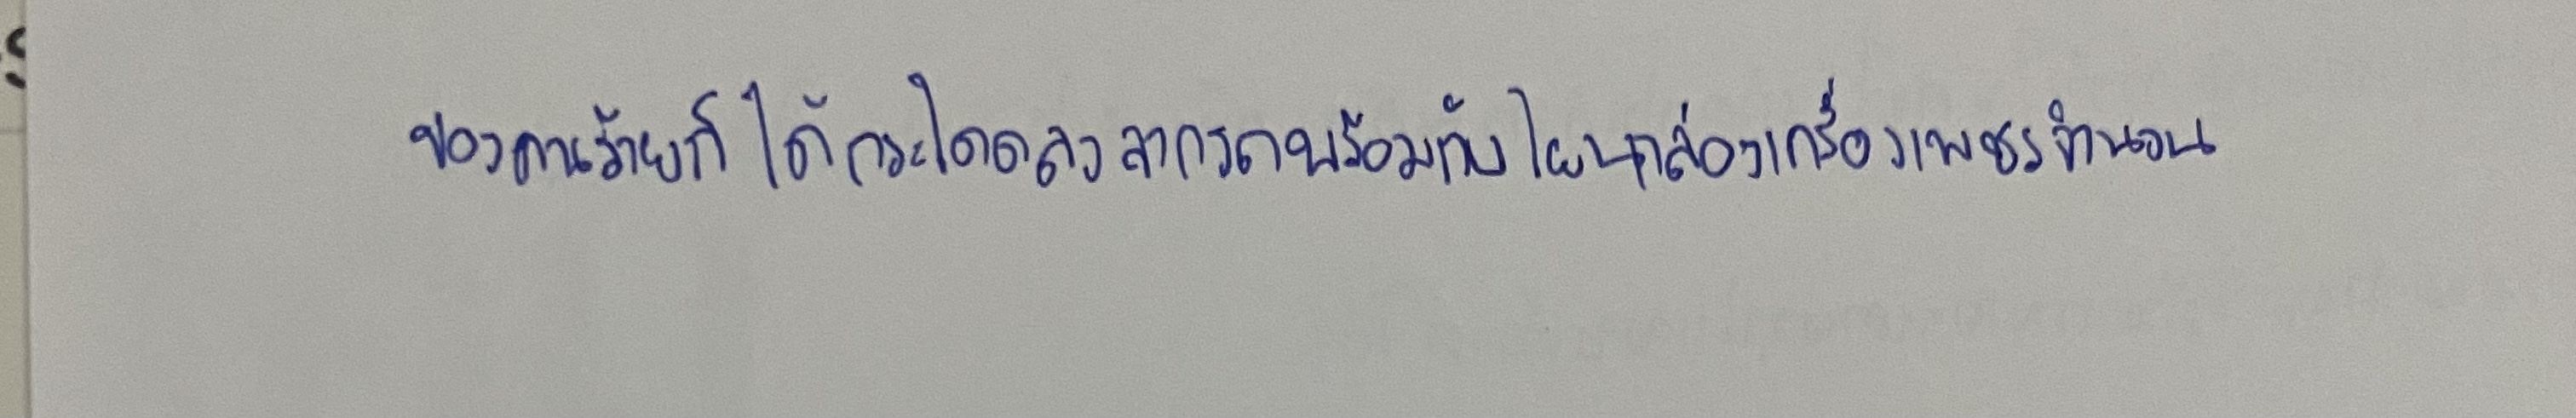
ของคนร้ายก็ได้กระโดดลงจากรถพร้อมกับโยนกล่องเครื่องเพชรจำนวน